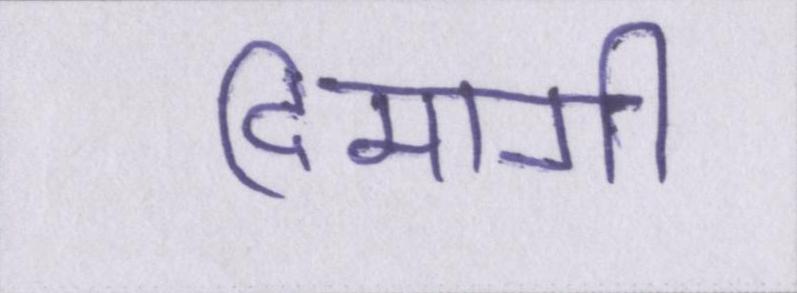
दिमागी